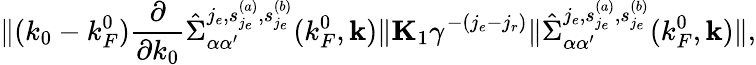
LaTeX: \Vert(k_{0}-k_{F}^{0})\frac{\partial}{\partial k_{0}}\hat{\Sigma}_{\alpha\alpha^{\prime}}^{j_{e},{s_{j_{e}}^{(a)},s_{j_{e}}^{(b)}}}(k_{F}^{0},{\mathbf k})\Vert\le K_{1}\gamma^{-(j_{e}-j_{r})}\Vert\hat{\Sigma}_{\alpha\alpha^{\prime}}^{j_{e},{s_{j_{e}}^{(a)},s_{j_{e}}^{(b)}}}(k_{F}^{0},{\mathbf k})\Vert,